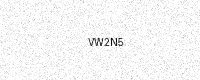
Text: VW2N5